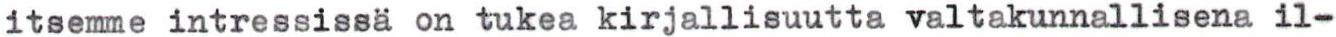
itsemme intressissä on tukea kirjallisuutta valtakunnallisena il-